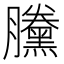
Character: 黱